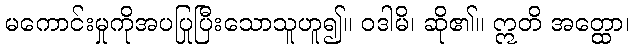
မကောင်းမှုကိုအပပြုပြီးသောသူဟူ၍။ ဝဒါမိ၊ ဆို၏။ ဣတိ အတ္ထော၊